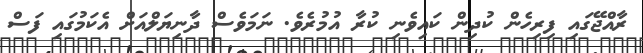
ރާއްޖޭގައި ފިރިހެން ކުދިން ކައިވެނި ކުރާ އުމުރެވެ. ނަމަވެސް ދާނިޔަލްއަށް އެކަމުގައި ފަސް